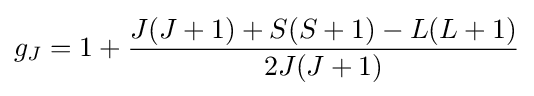
g_{J}=1+{\frac {J(J+1)+S(S+1)-L(L+1)}{2J(J+1)}}